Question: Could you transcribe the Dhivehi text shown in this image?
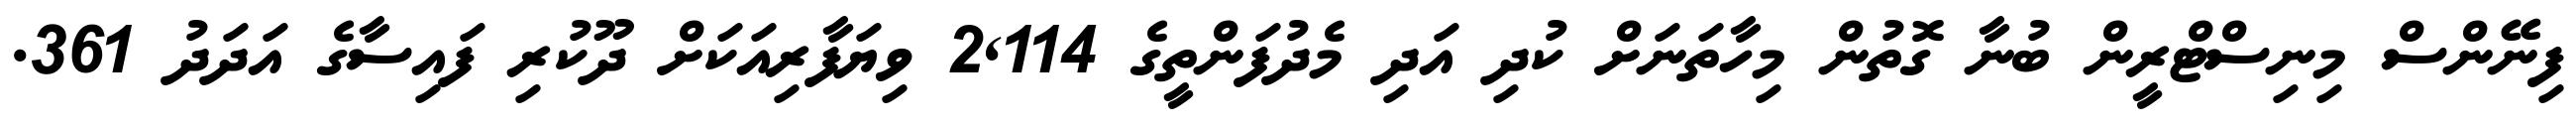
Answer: ފިނޭންސް މިނިސްޓްރީން ބުނާ ގޮތުން މިހާތަނަށް ކުދި އަދި މެދުފަންތީގެ 2,114 ވިޔަފާރިއަކަށް ދޫކުރި ފައިސާގެ އަދަދު 361.